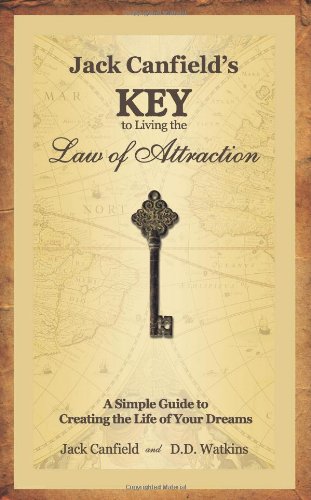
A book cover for Jack Canfield's Key to Living the Law of Attraction: A Simple Guide to Creating the Life of Your Dreams; Jack Canfield; Religion & Spirituality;